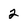
Character: 2